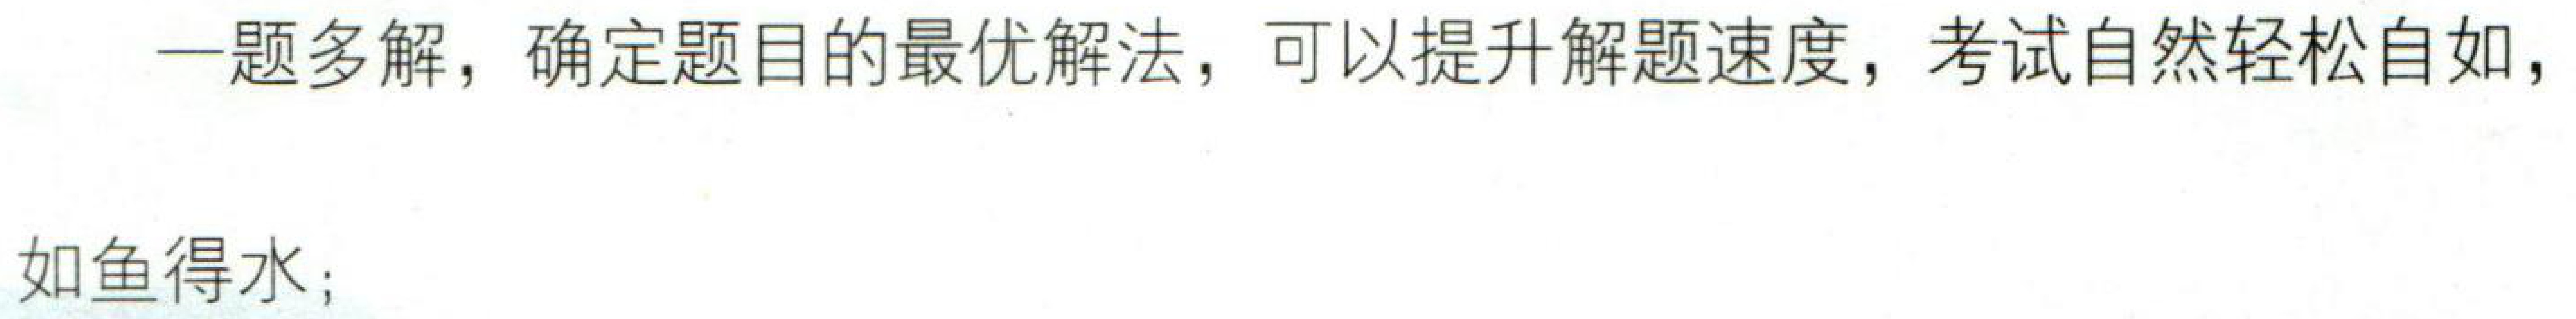
一题多解，确定题目的最优解法，可以提升解题速度，考试自然轻松自如，
如鱼得水；